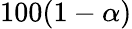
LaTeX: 100(1-\alpha)